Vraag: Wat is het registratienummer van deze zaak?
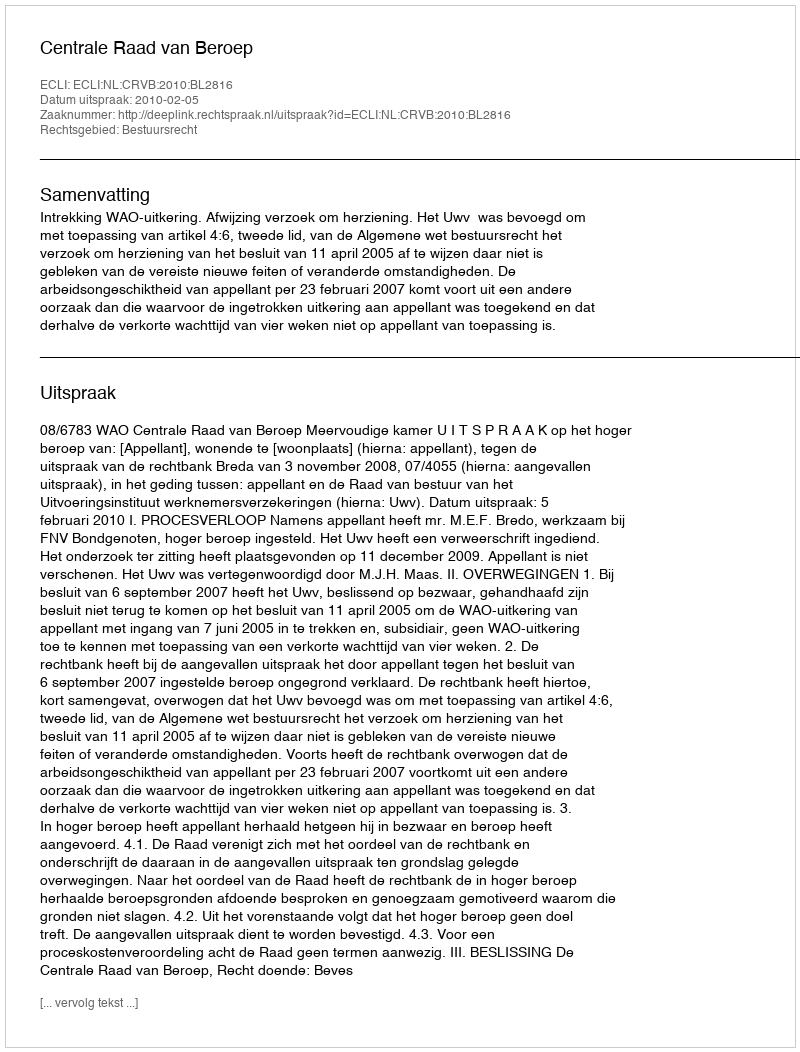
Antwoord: http://deeplink.rechtspraak.nl/uitspraak?id=ECLI:NL:CRVB:2010:BL2816